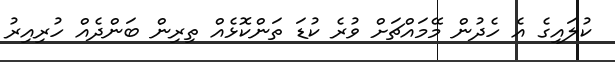
ކުލައިގެ އެ ހެދުން މޭމައްޗަށް ވުރެ ކުޑަ ތަންކޮޅެއް ތިރިން ބަންދެއް ހުރިއިރު